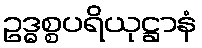
ဥဒ္ဓစ္စပရိယုဋ္ဌာနံ